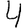
Digit: 4